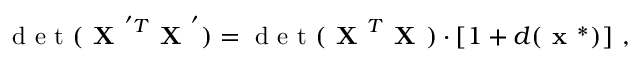
\mathrm { ~ d ~ e ~ t ~ } ( \textbf { X } ^ { ' T } \textbf { X } ^ { ' } ) = \mathrm { ~ d ~ e ~ t ~ } ( \textbf { X } ^ { T } \textbf { X } ) \cdot \left[ 1 + d ( \textbf { x } ^ { * } ) \right] \: ,